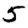
Digit: 5